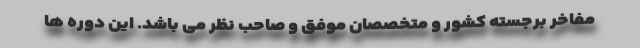
مفاخر برجسته کشور و متخصصان موفق و صاحب نظر می باشد. این دوره ها